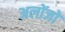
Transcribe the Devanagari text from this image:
अलोंजो